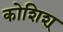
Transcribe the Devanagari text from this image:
कोशिश्